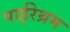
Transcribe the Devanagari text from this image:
पाईरेथ्रम